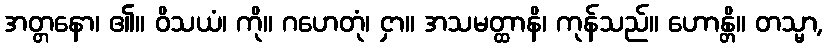
အတ္တနော၊ ၏။ ဝိသယံ၊ ကို။ ဂဟေတုံ၊ ငှာ။ အသမတ္ထာနိ၊ ကုန်သည်။ ဟောန္တိ။ တသ္မာ,